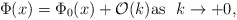
\begin{align*}\Phi(x)=\Phi_0(x)+\mathcal{O}(k)\mbox{as} \ \ k\rightarrow +0,\end{align*}